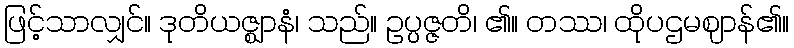
ဖြင့်သာလျှင်။ ဒုတိယဇ္ဈာနံ၊ သည်။ ဥပ္ပဇ္ဇတိ၊ ၏။ တဿ၊ ထိုပဌမဈာန်၏။